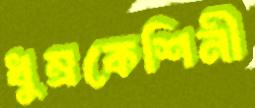
ধুম্রকেশিনী